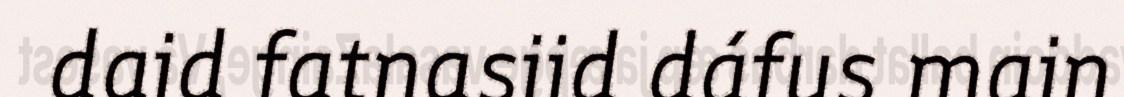
daid fatnasiid dáfus main